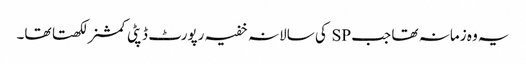
یہ وہ زمانہ تھا جب SP کی سالانہ خفیہ رپورٹ ڈپٹی کمشنر لکھتا تھا۔